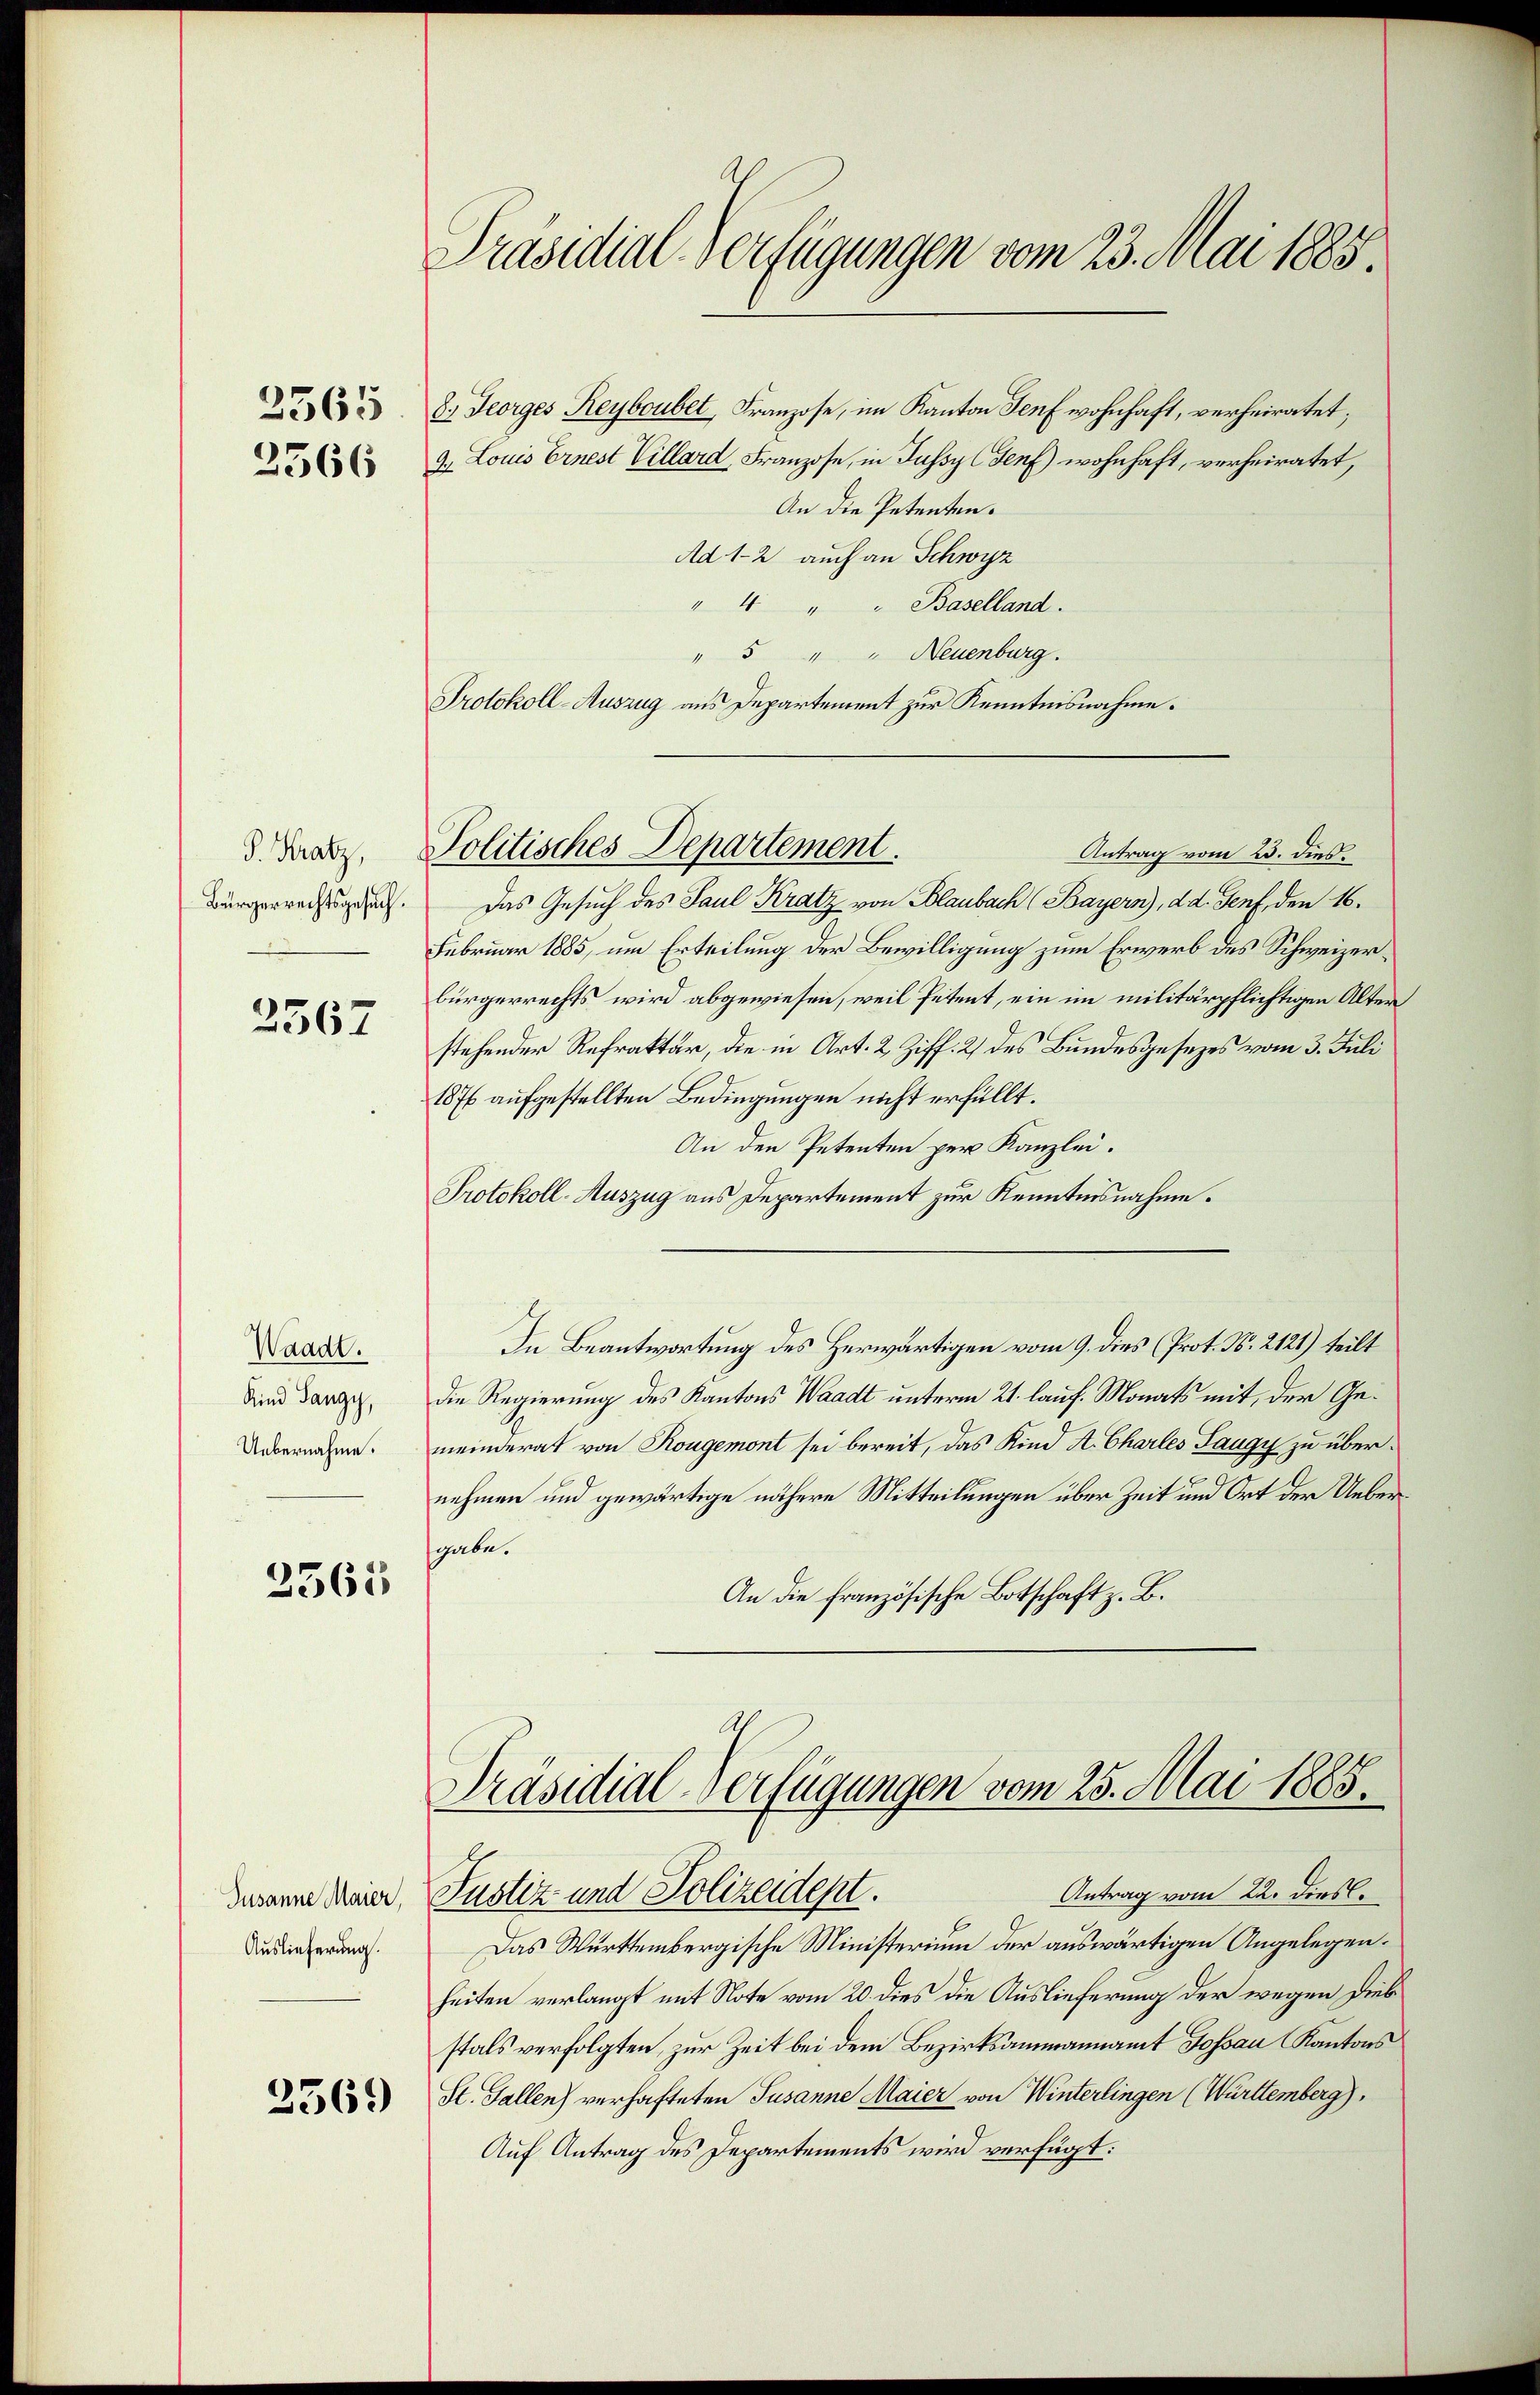
2365
2566

P. Kratz,
Bürgerrechtsgesuch.

3567

Waadt.
Kind Sangy,
Uebernahme.

3565

Susanne Maier,
Auslieferung.

2569

Präsidial-Verfügungen vom 23. Mai 1885

Politisches Departement.
Antrag vom 23. dies

8.) Georges Reyboubet, Franzose, im Kanton Genf wohnhaft, verheiratet;
9. Louis Ernest Villard, Franzose, in Fussy (Genf) wohnhaft, verheiratet,
An die Petenten.
Ad 1-2 auch an Schwyz
" 4 " " Baselland.
" 5 " " Neuenburg.
Protokoll-Auszug aus Departement zur Kenntnisnahme.
Das Gesuch des Paul Kratz von Blaubach (Bayern), d. d. Genf, den 16.
Februar 1885, um Erteilung der Bewilligung zum Erwerb des Schweizerbürgerrechts wird abgewiesen, weil Petent, ein im militärpflichtigen Alter
stehender Refraktär, die in Art. 2 Ziff. 2 des Bundesgesezes vom 3. Juli
1876 aufgestellten Bedingungen nicht erfüllt.
An den Petenten per Kanzlei.
Protokoll-Auszug aus Departement zur Kenntnisnahme.
In Beantwortung des Herwärtigen vom 9. dies (Prot. N. 2121) teilt
die Regierung des Kantons Waadt unterm 21. lauf. Monats mit, der Gemeinderat von Kougemont sei bereit, das Kind A. Charles Saugy zu übernehmen und gewärtige nähere Mitteilungen über Zeit und Ort der Uebergabe.
An die französische Botschaft z. B.

Präsidial-Verfügungen vom 25. Mai 1885.
Antrag vom 22. Dies
Justiz und Polizeident.

Das Württembergische Ministerium der auswärtigen Angelegenheiten verlangt mit Note vom 20. dies die Auslieferung der wegen Diebstals verfolgten, zur Zeit bei dem Bezirksammannamt Gossau Kantons
St. Gallen) verhafteten Susanne Maier von Winterlingen (Württemberg),
Auf Antrag des Departements wird verfügt: